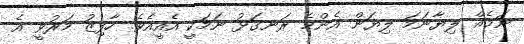
ނަމެއް ލިޔާނަމަ ލިޔަން އެންމެ ރަނގަޅު ނަމަކީ އެއީއެވެ. ހާފިޒު މަރުވީ އެ